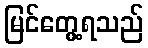
မြင်တွေ့ရသည်